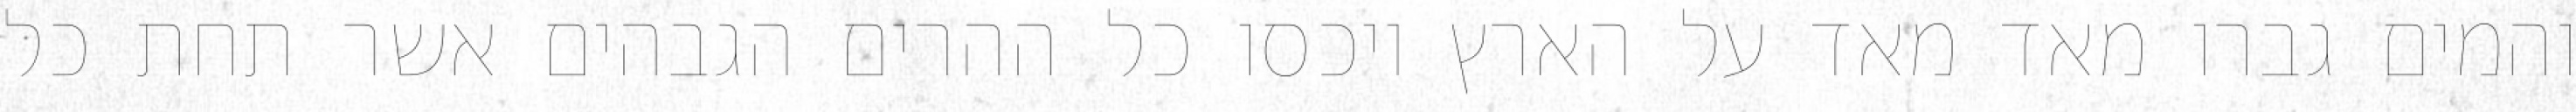
והמים גברו מאד מאד על הארץ ויכסו כל ההרים הגבהים אשר תחת כל